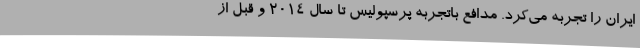
ایران را تجربه می‌کرد. مدافع باتجربه پرسپولیس تا سال 2014 و قبل از